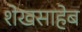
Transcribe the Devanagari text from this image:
शेखसाहेब